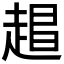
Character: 𬦏